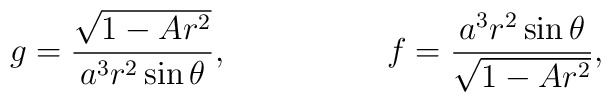
g=\frac{\sqrt{1-Ar^2}}{a^3r^2\sin\theta},\mbox{\hspace{2cm}}f=\frac{a^3r^2\sin\theta}{\sqrt{1-Ar^2}},